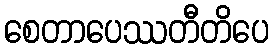
စေတာပေဿတီတိပေ